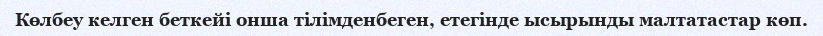
Көлбеу келген беткейі онша тілімденбеген, етегінде ысырынды малтатастар көп.